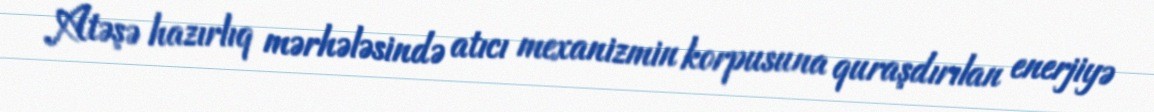
Atəşə hazırlıq mərhələsində atıcı mexanizmin korpusuna quraşdırılan enerjiyə